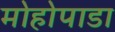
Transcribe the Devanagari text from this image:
मोहोपाडा